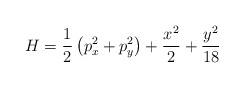
LaTeX: \begin{align*}H=\frac{1}{2}\left( p_x^2 + p_y^2 \right)+\frac{x^2}{2}+\frac{y^2}{18}\end{align*}